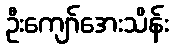
ဦးကျော်အေးသိန်း